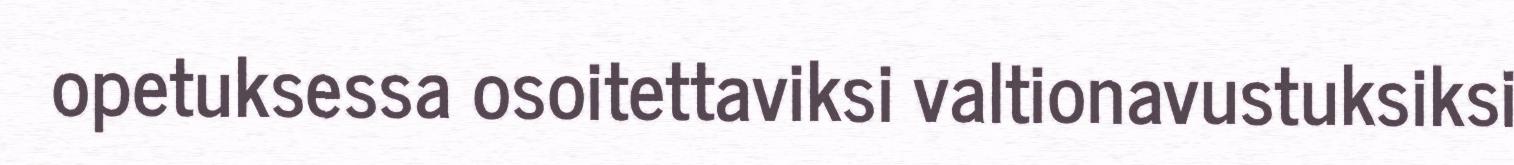
opetuksessa osoitettaviksi valtionavustuksiksi